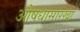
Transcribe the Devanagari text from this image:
औषधासारखा